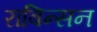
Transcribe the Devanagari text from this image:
राबिन्सन